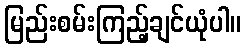
မြည်းစမ်းကြည့်ချင်ယုံပါ။